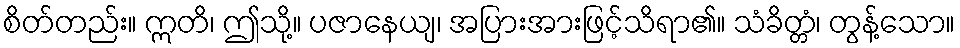
စိတ်တည်း။ ဣတိ၊ ဤသို့။ ပဇာနေယျ၊ အပြားအားဖြင့်သိရာ၏။ သံခိတ္တံ၊ တွန့်သော။